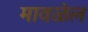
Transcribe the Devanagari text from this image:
मावळेल